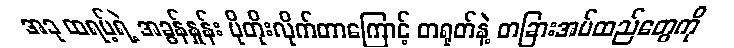
အခု ထရမ့်ရဲ့ အခွန်နှုန်း ပိုတိုးလိုက်တာကြောင့် တရုတ်နဲ့ တခြားအပ်ထည်တွေကို